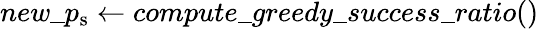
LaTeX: new\textunderscore p_{\mathrm{s}}\gets compute\textunderscore greedy\textunderscore success\textunderscore ratio()